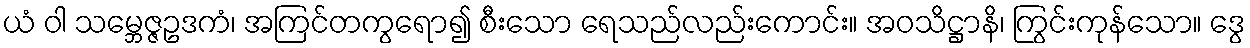
ယံ ဝါ သမ္ဘေဇ္ဇဥဒကံ၊ အကြင်တကွရော၍ စီးသော ရေသည်လည်းကောင်း။ အဝသိဋ္ဌာနိ၊ ကြွင်းကုန်သော။ ဒွေ